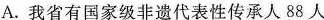
A. 我省有国家级非遗代表性传承人88人